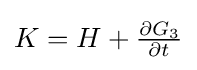
{\textstyle K=H+{\frac {\partial G_{3}}{\partial t}}}